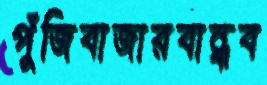
পুঁজিবাজারবান্ধব